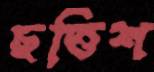
ছত্তিশ